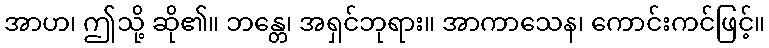
အာဟ၊ ဤသို့ ဆို၏။ ဘန္တေ၊ အရှင်ဘုရား။ အာကာသေန၊ ကောင်းကင်ဖြင့်။